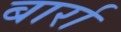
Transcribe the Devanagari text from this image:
बार्रा